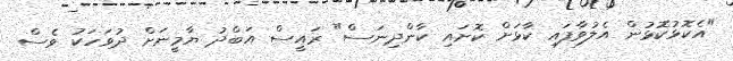
"އެކޮޅުކޮޅުން އެލުވާފައި ކާޅަށް ކޮށައި ކާންދިނަސް" ރައީސް އަބްދު ޔާމީނަށް ދުވަހަކު ވެސް